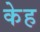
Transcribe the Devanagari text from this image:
केह